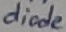
Text: diode